Report on sanitation, dispensaries, and jails in Rajputana for 1910, and on vaccination for the year 1910-1911 - 1910-1911
Year: 1910
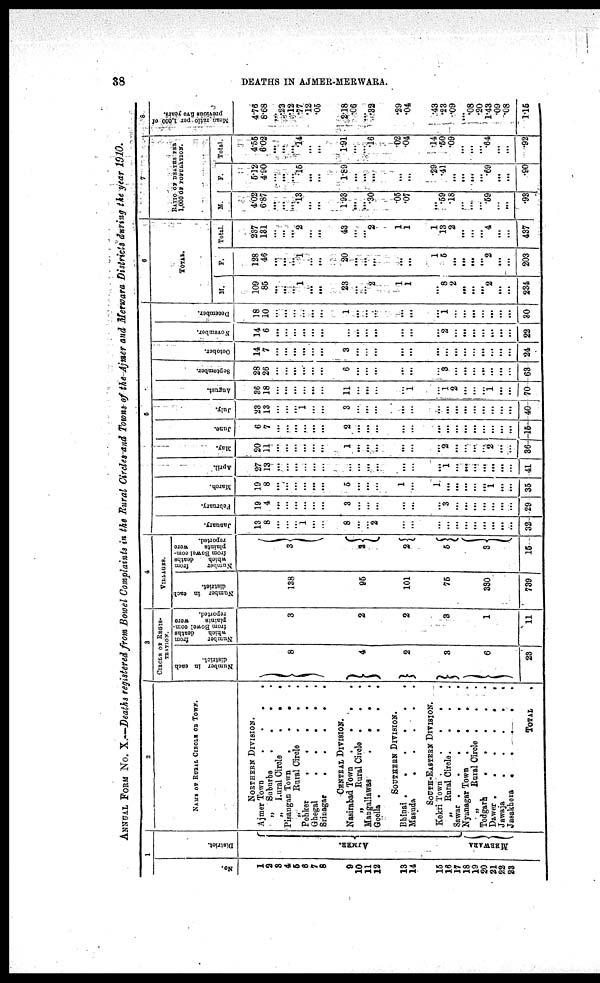
38
DEATHS IN AJMER-MERWARA.
ANNUAL FORM No. X.—Deaths registered from Bowel Complaints in the Rural Circles and Town of the Ajmer and Merwara Districts during the year 1910.
1
No.
1
2
3
4
5
6
7
8
9
10
11
12
13
14
15
16
17
18
19
20
21
22
23
District.
AJMER.
MERWARA
2
NAME OF RURAL CIRCLE OF TOWN.
NORTHERN DIVISION.
Ajmer Town . . . .
„ Suburbs
.
.
.
„ Rural Circle
.
.
.
Pisangan Town
.
.
.
„
Rural Circle .
.
Pohker
.
.
.
.
.
Ghegal
.
.
.
.
.
Srinagar
CENTRAL DIVISION.
Nasirabad Town
.
.
.
.
„
Rural Circle .
. .
Mangaliawas
.
.
.
.
Goella .
.
.
.
SOUTHERN DIVISION.
Bhinai
.
Masuda
.
.
.
.
.
SOUTH-EASTERN DIVISION.
Kekri Town
.
.
.
.
„ Rural Circle .
.
.
.
Sawar
Nyanagar Town .
.
.
.
„
Rural Circle .
.
Todgarh
Dawar .
.
.
.
.
.
Jawaja
.
.
.
Jasakhera .
.
.
.
.
TOTAL
3
CIRCLE OF REGIS¬
TRATION.
Number in each
district.
8
4
2
3
6
23
Number
from
which
deaths
from Bowel com-
plaints
were
reported.
3
2
2
3
1
11
4
VlLLAGES.
Number in each
district.
138
95
101
75
330
739
Number
from
which
deaths
from Bowel com-
plaints
were
reported.
3
2
2
5
3
15
5
January.
13
8
...
...
...
1
...
...
8
...
...
2
...
...
...
...
...
...
...
...
...
...
...
32
February.
19
4
...
...
...
...
...
...
3
...
...
...
...
...
...
3
...
...
...
...
...
...
...
29
March.
19
8
...
...
...
...
...
...
5
...
...
...
1
...
1
...
...
...
...
...
1
...
...
35
April.
27
13
...
...
...
...
...
...
...
...
...
...
...
...
1
...
...
...
...
...
...
...
41
May.
20
11
...
...
...
...
...
...
1
...
...
...
...
...
...
2
...
...
...
...
2
...
...
36
June.
6
7
...
...
...
...
...
...
2
...
...
...
...
...
...
...
...
...
...
...
...
...
...
15
July.
23
13
...
...
...
1
...
...
3
...
...
...
...
...
...
...
..
...
...
...
...
...
...
40
August.
36
18
...
...
...
...
...
...
11
...
...
...
...
1
...
1
2
...
...
...
1
...
...
70
September.
28
26
...
...
...
...
...
...
6
...
...
...
...
...
...
3
...
...
...
...
...
...
...
68
October.
14
7
...
...
...
...
...
...
3
...
...
...
...
...
...
...
...
...
...
...
...
...
...
24
November.
14
6
...
...
...
...
...
...
...
...
...
...
...
...
...
2
...
...
...
...
...
...
...
22
December.
18
10
...
...
...
...
...
...
1
...
...
...
...
...
...
1
...
...
...
...
...
...
...
30
6
TOTAL.
M.
109
85
...
...
...
1
...
...
23
...
...
2
1
1
...
8
2
...
...
...
2
...
...
234
F.
128
46
...
...
...
1
...
...
20
...
...
...
...
...
1
5
...
...
...
...
2
...
...
203
Total.
237
131
...
...
...
2
...
...
43
...
...
2
1
1
1
13
2
...
...
...
4
...
...
437
7
RATIO OF DEATHS PER
1,000 OF POPULATION.
M.
4.02
6.87
...
...
...
.13
...
...
1.93
...
...
.30
.05
.07
...
.59
.18
...
...
...
.59
...
...
93
F.
5.12
4.90
...
...
...
.15
...
...
1.89
...
...
...
...
...
.29
.41
...
...
...
...
.69
...
...
.90
Total.
4.55
6.02
...
...
...
.14
...
...
1.91
...
...
.16
.02
.04
.14
.50
.09
...
...
...
.64
...
...
.92
8
Mean ratio per 1,000 of
previous five years.
4.75
8.68
...
.23
.12
.77
.12
.05
2.18
.06
...
.32
.29
.04
.43
.23
.09
...
.08
.20
1.43
.09
.08
1.15